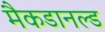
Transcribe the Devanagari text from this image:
मैकडानल्ड